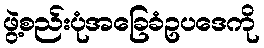
ဖွဲ့စည်းပုံအခြေခံဥပဒေကို